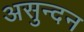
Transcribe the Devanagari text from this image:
असुन्दन